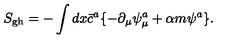
S _ { \mathrm { g h } } = - \int d x \bar { c } ^ { a } \{ - \partial _ { \mu } \psi _ { \mu } ^ { a } + \alpha m \psi ^ { a } \} .